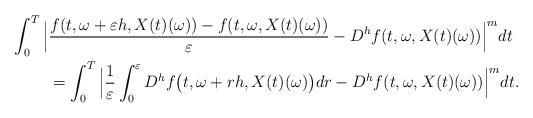
LaTeX: \begin{align*}\int_0^T \Big|& \frac{f(t, \omega+\varepsilon h, X(t)(\omega)) - f(t, \omega, X(t)(\omega))}{\varepsilon} - D^h f(t, \omega, X(t)(\omega))\Big|^m dt\\&=\int_0^T \Big| \frac{1}{\varepsilon} \int_0^\varepsilon D^hf\big(t, \omega + r h, X(t)(\omega)\big)dr - D^h f(t, \omega, X(t)(\omega))\Big|^m dt.\end{align*}